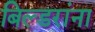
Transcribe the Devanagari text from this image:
बिल्डरांना